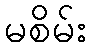
မစိမ်း